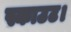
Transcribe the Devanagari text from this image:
स्काउट।